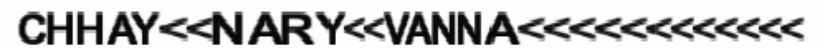
CHHAY<<NARY<<VANNA<<<<<<<<<<<<